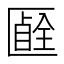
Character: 𠥞